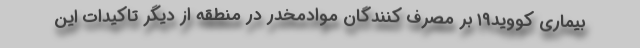
بیماری کووید۱۹ بر مصرف کنندگان موادمخدر در منطقه از دیگر تاکیدات این